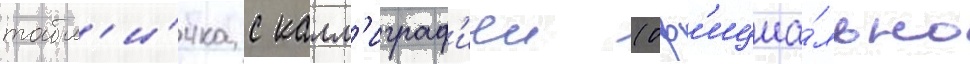
табл'и́чка с калл'играф'иеи (оф'ициа́льно